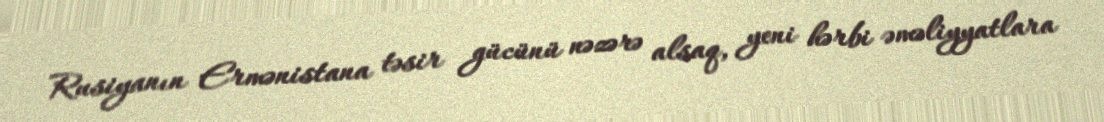
Rusiyanın Ermənistana təsir gücünü nəzərə alsaq, yeni hərbi əməliyyatlara